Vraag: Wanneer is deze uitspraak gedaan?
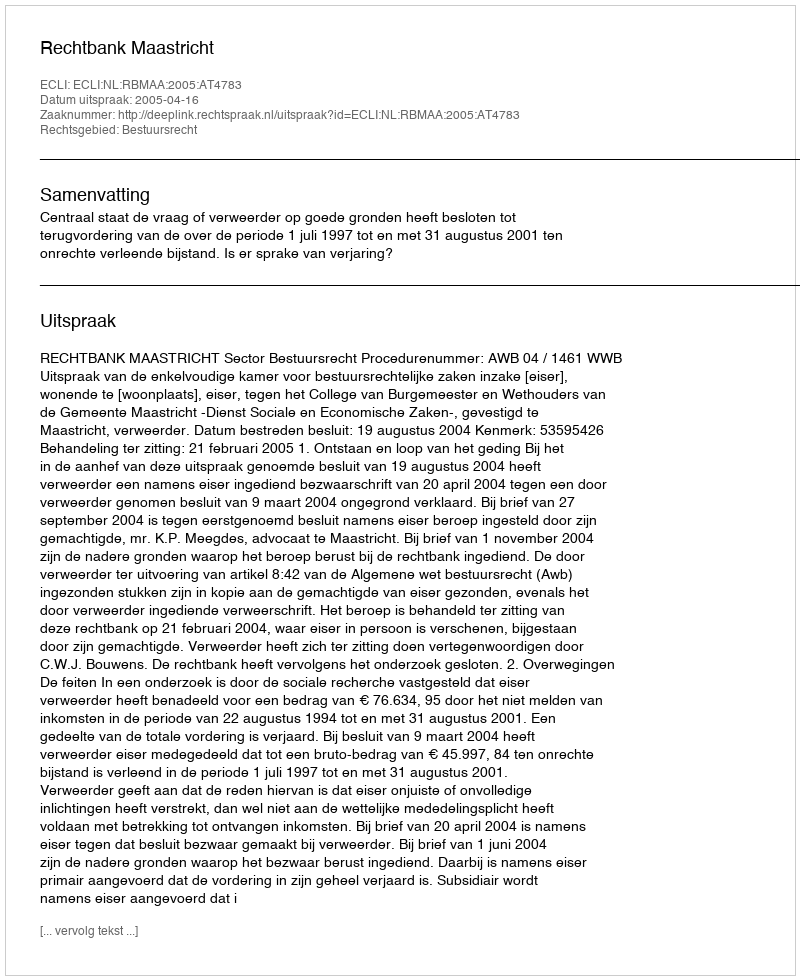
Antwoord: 2005-04-16